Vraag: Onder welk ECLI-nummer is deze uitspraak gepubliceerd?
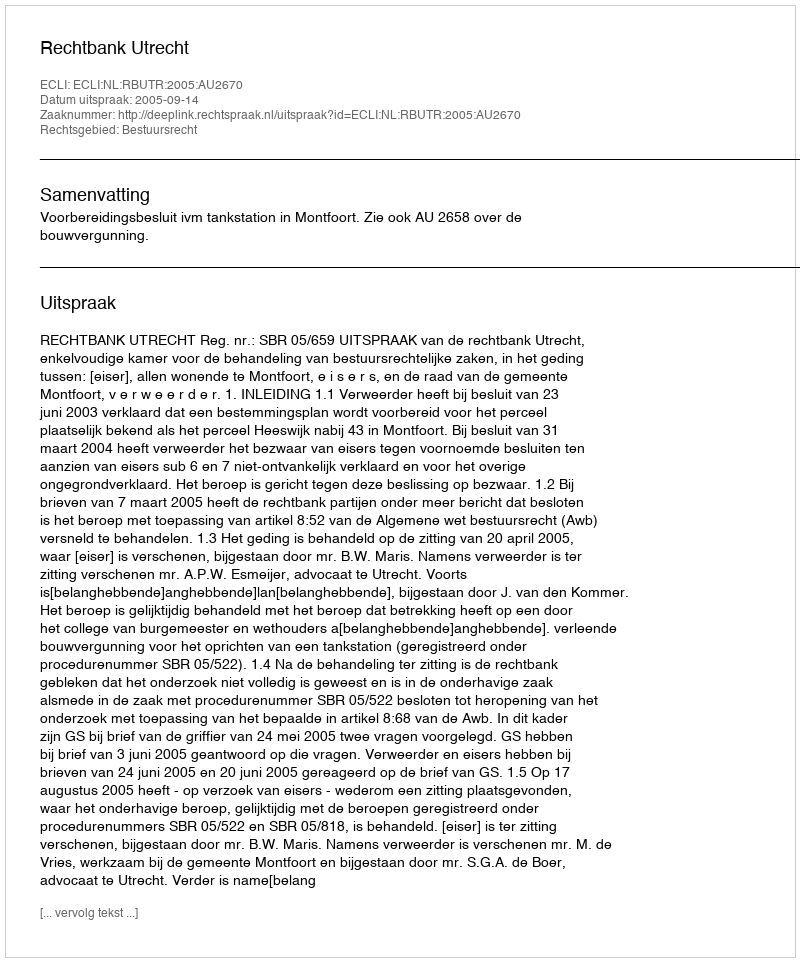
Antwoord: ECLI:NL:RBUTR:2005:AU2670